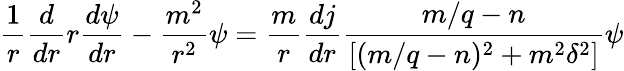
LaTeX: \frac{1}{r}\frac{d}{dr}r\frac{d\psi}{dr}-\frac{m^{2}}{r^{2}}\psi=\frac{m}{r}\frac{dj}{dr}\frac{m/q-n}{[(m/q-n)^{2}+m^{2}\delta^{2}]}\psi